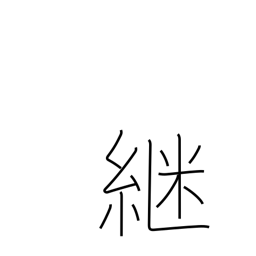
Meaning: continue